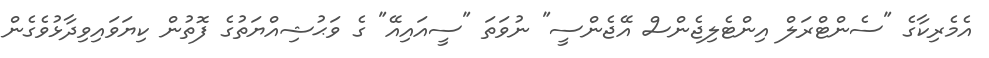
އެމެރިކާގެ "ސެންޓްރަލް އިންޓެލިޖެންސް އޭޖެންސީ" ނުވަތަ "ސީއައިއޭ" ގެ ވަޙުޝިއްޔަތުގެ ފޮތުން ކިޔަވައިވިދާޅުވެގެން